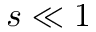
s \ll 1